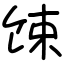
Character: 𫗧